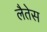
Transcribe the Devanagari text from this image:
लैतेस